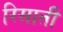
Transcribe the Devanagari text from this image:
रिसाती